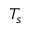
T _ { s }